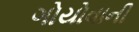
ગોયોવાની